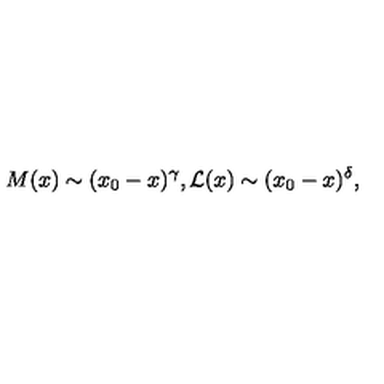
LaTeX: M ( x ) \sim ( x _ { 0 } - x ) ^ { \gamma } , { \cal L } ( x ) \sim ( x _ { 0 } - x ) ^ { \delta } ,